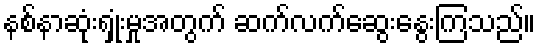
နစ်နာဆုံးရှုံးမှုအတွက် ဆက်လက်ဆွေးနွေးကြသည်။